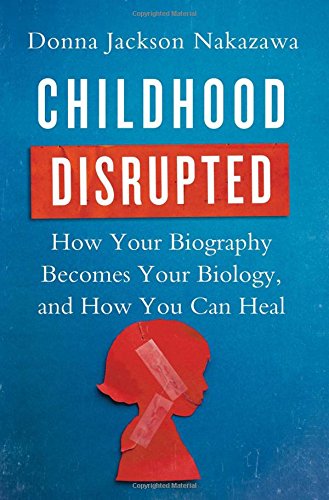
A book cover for Childhood Disrupted: How Your Biography Becomes Your Biology, and How You Can Heal; Donna Jackson Nakazawa; Medical Books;